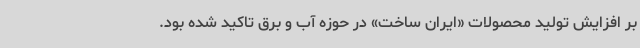
بر افزایش تولید محصولات «ایران ساخت» در حوزه آب و برق تاکید شده بود.